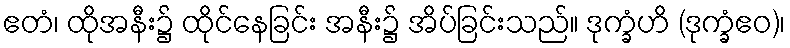
ဧတံ၊ ထိုအနီး၌ ထိုင်နေခြင်း အနီး၌ အိပ်ခြင်းသည်။ ဒုက္ခံဟိ (ဒုက္ခံဧဝ)၊